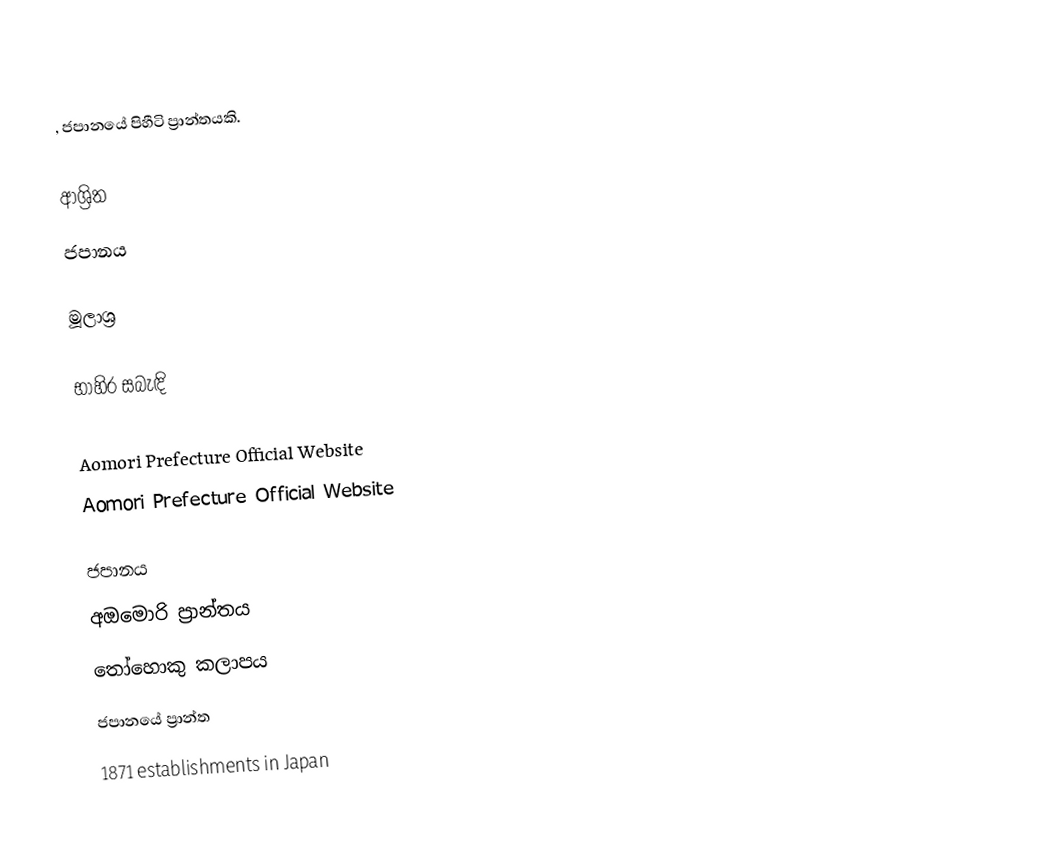
, ජපානයේ පිහීටි ප්‍රාන්තයකි.

ආශ්‍රිත
 ජපානය

මූලාශ්‍ර

භාහිර සබැඳි

Aomori Prefecture Official Website
Aomori Prefecture Official Website

ජපානය
අඔමොරි ප්‍රාන්තය
තෝහොකු කලාපය
ජපානයේ ප්‍රාන්ත
1871 establishments in Japan